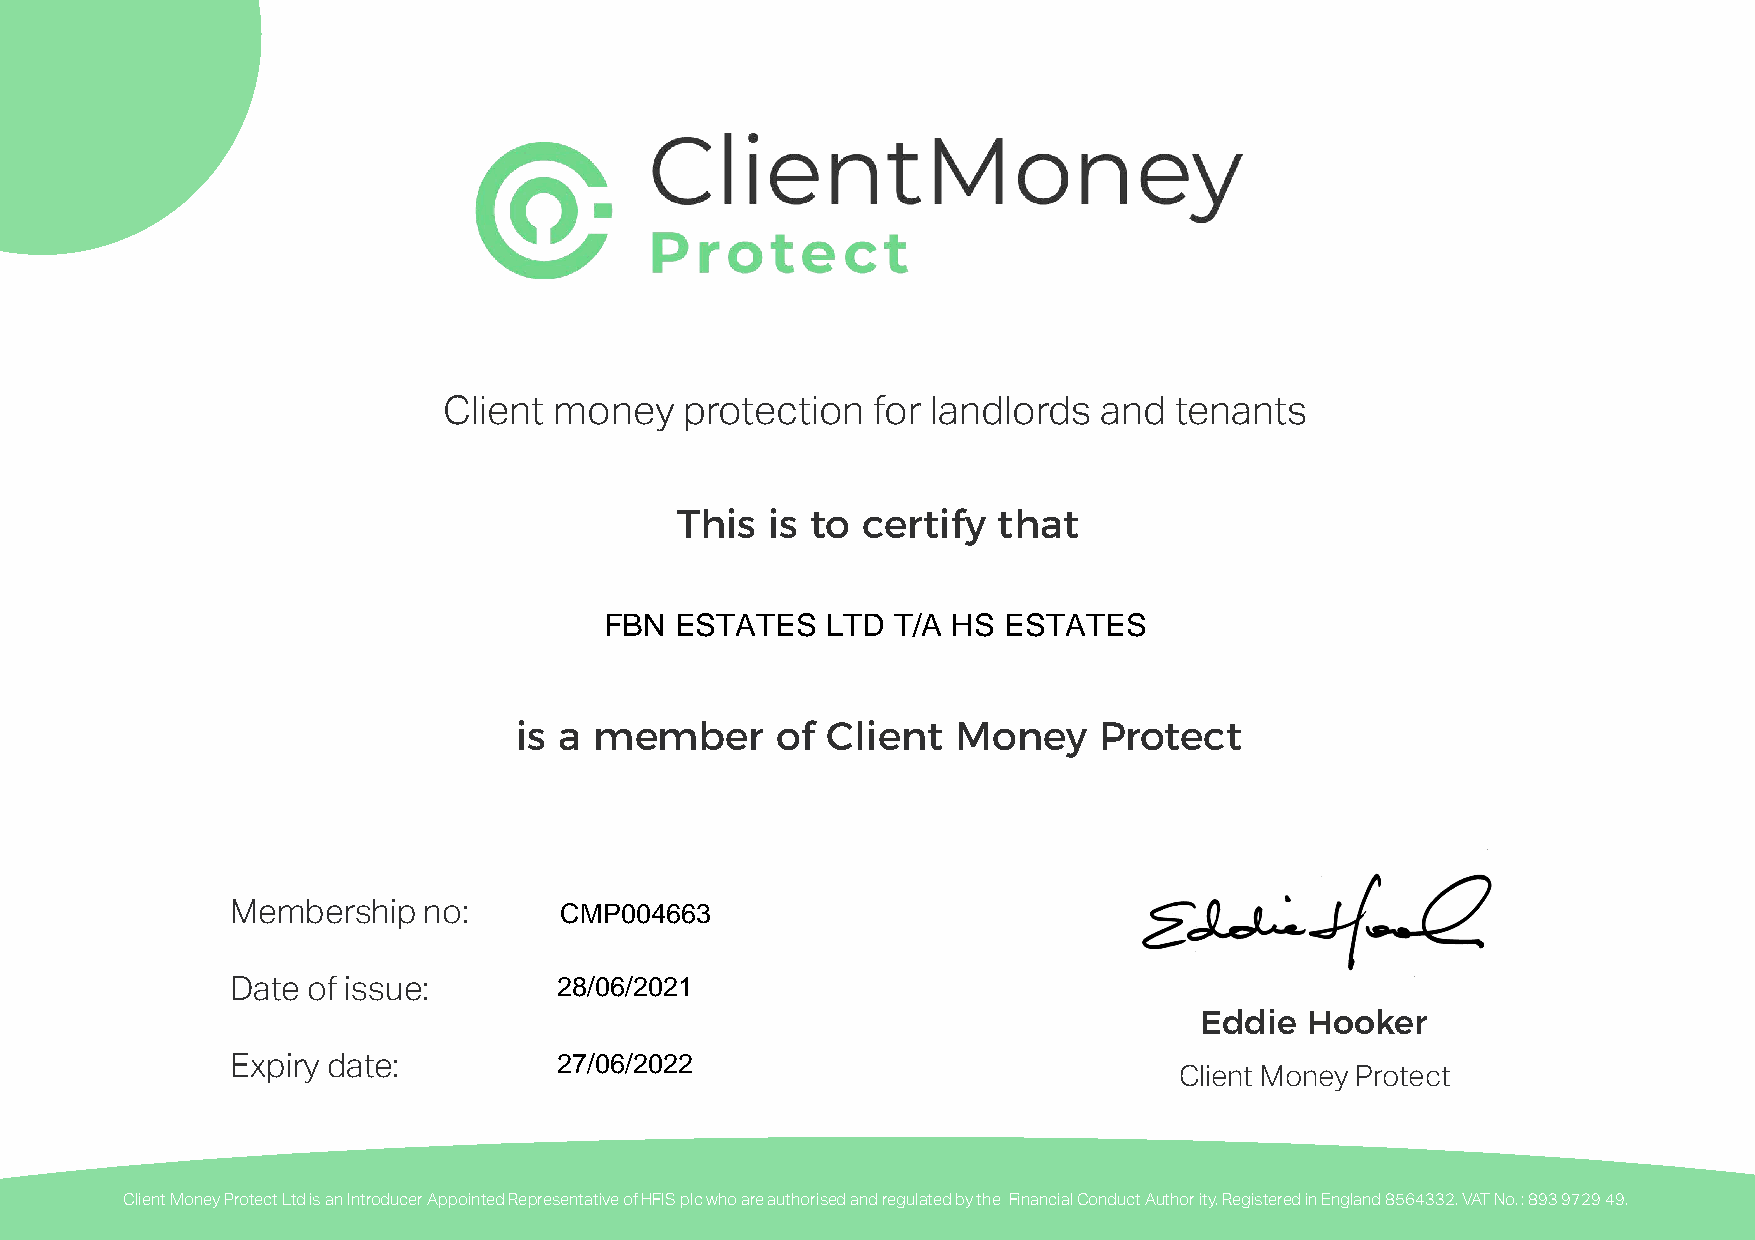
Client  money   protection   for landlords  and  tenants
 This  is to certify  that
 FBN  ESTATES   LTD T/A HS ESTATES
 is a member      of  Client  Money     Protect
 CMP004663
 Membership   no:
 28/06/2021
 Date of issue:
 Eddie  Hooker
 27/06/2022
 Expiry date:
 Client Money Protect
 Client Money Protect Ltd is an Introducer Appointed Representative of HFIS plc who are authorised and regulated by the Financial Conduct Author ity. Registered in England 8564332. VAT No. : 893 9729 49.